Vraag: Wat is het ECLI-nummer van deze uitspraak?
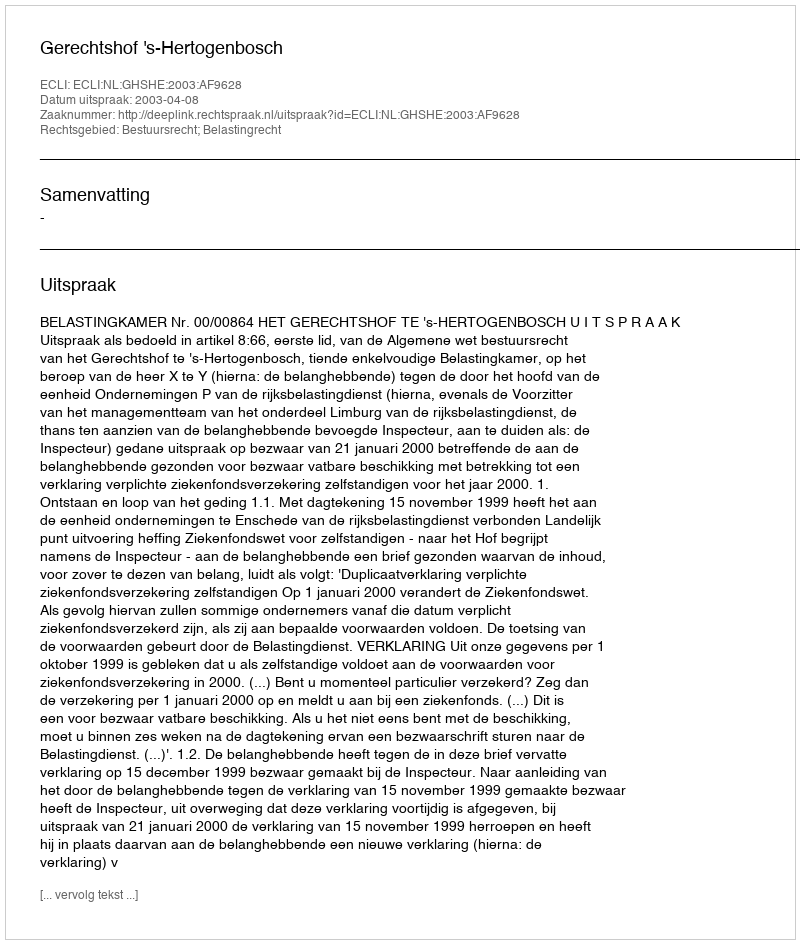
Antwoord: ECLI:NL:GHSHE:2003:AF9628